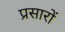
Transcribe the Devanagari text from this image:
प्रसारों